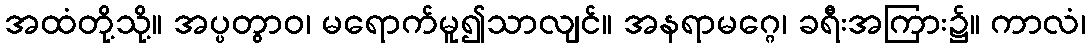
အထံတို့သို့။ အပ္ပတွာဝ၊ မရောက်မူ၍သာလျင်။ အနရာမဂ္ဂေ၊ ခရီးအကြား၌။ ကာလံ၊